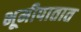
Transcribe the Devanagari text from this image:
भूमीपातात